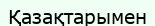
Қазақтарымен